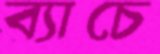
ব্যাচে